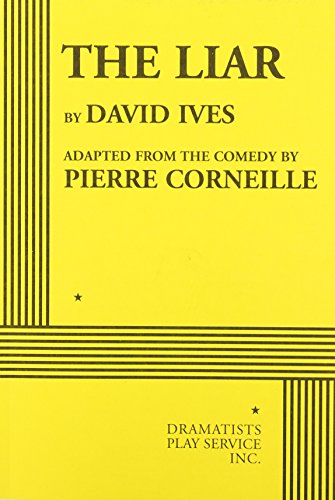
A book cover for The Liar (Ives) - Acting Edition; adapted from the comedy by Pierre Corneille David Ives; Literature & Fiction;